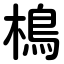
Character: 樢